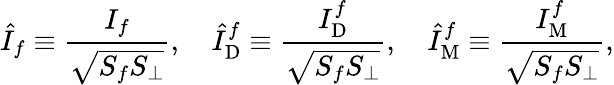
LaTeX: \hat{I}_{f}\equiv\frac{I_{f}}{\sqrt{S_{f}S_{\perp}}},\quad\hat{I}_{\mathrm{D}}^{f}\equiv\frac{I_{\mathrm{D}}^{f}}{\sqrt{S_{f}S_{\perp}}},\quad\hat{I}_{\mathrm{M}}^{f}\equiv\frac{I_{\mathrm{M}}^{f}}{\sqrt{S_{f}S_{\perp}}},